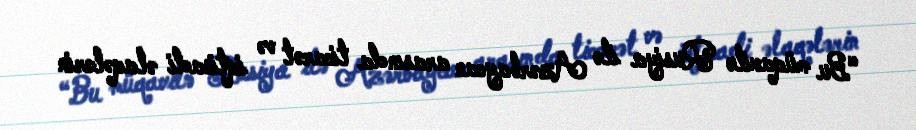
“Bu müqavilə Rusiya ilə Azərbaycan arasında ticarət və iqtisadi əlaqələrin